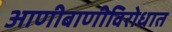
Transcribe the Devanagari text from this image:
आणीबाणीविरोधात